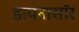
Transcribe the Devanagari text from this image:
डायनासॉर